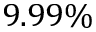
9 . 9 9 \%